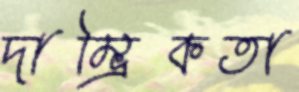
দাম্ভিকতা